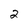
Character: 2